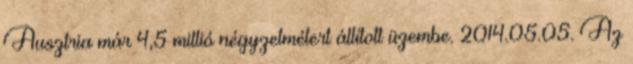
Ausztria már 4,5 millió négyzetmétert állított üzembe. 2014.05.05. Az